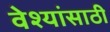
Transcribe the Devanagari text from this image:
वेश्यांसाठी